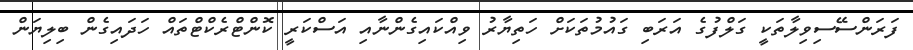
ފަރަންސޭސިވިލާތަކީ ގަލްފުގެ އަރަބި ގައުމުތަކަށް ހަތިޔާރު ވިއްކައިގެންނާއި އަސްކަރީ ކޮންޓްރެކްޓްތައް ހަދައިގެން ބިލިޔަން